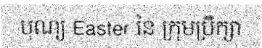
បុណ្យ Easter នៃ ក្រុមប្រឹក្សា